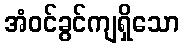
အံဝင်ခွင်ကျရှိသော